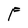
Character: F